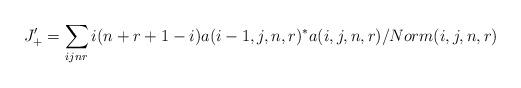
LaTeX: \begin{align*}J_+'=\sum_{ijnr}i(n+r+1-i)a(i-1,j,n,r)^*a(i,j,n,r)/Norm(i,j,n,r)\end{align*}